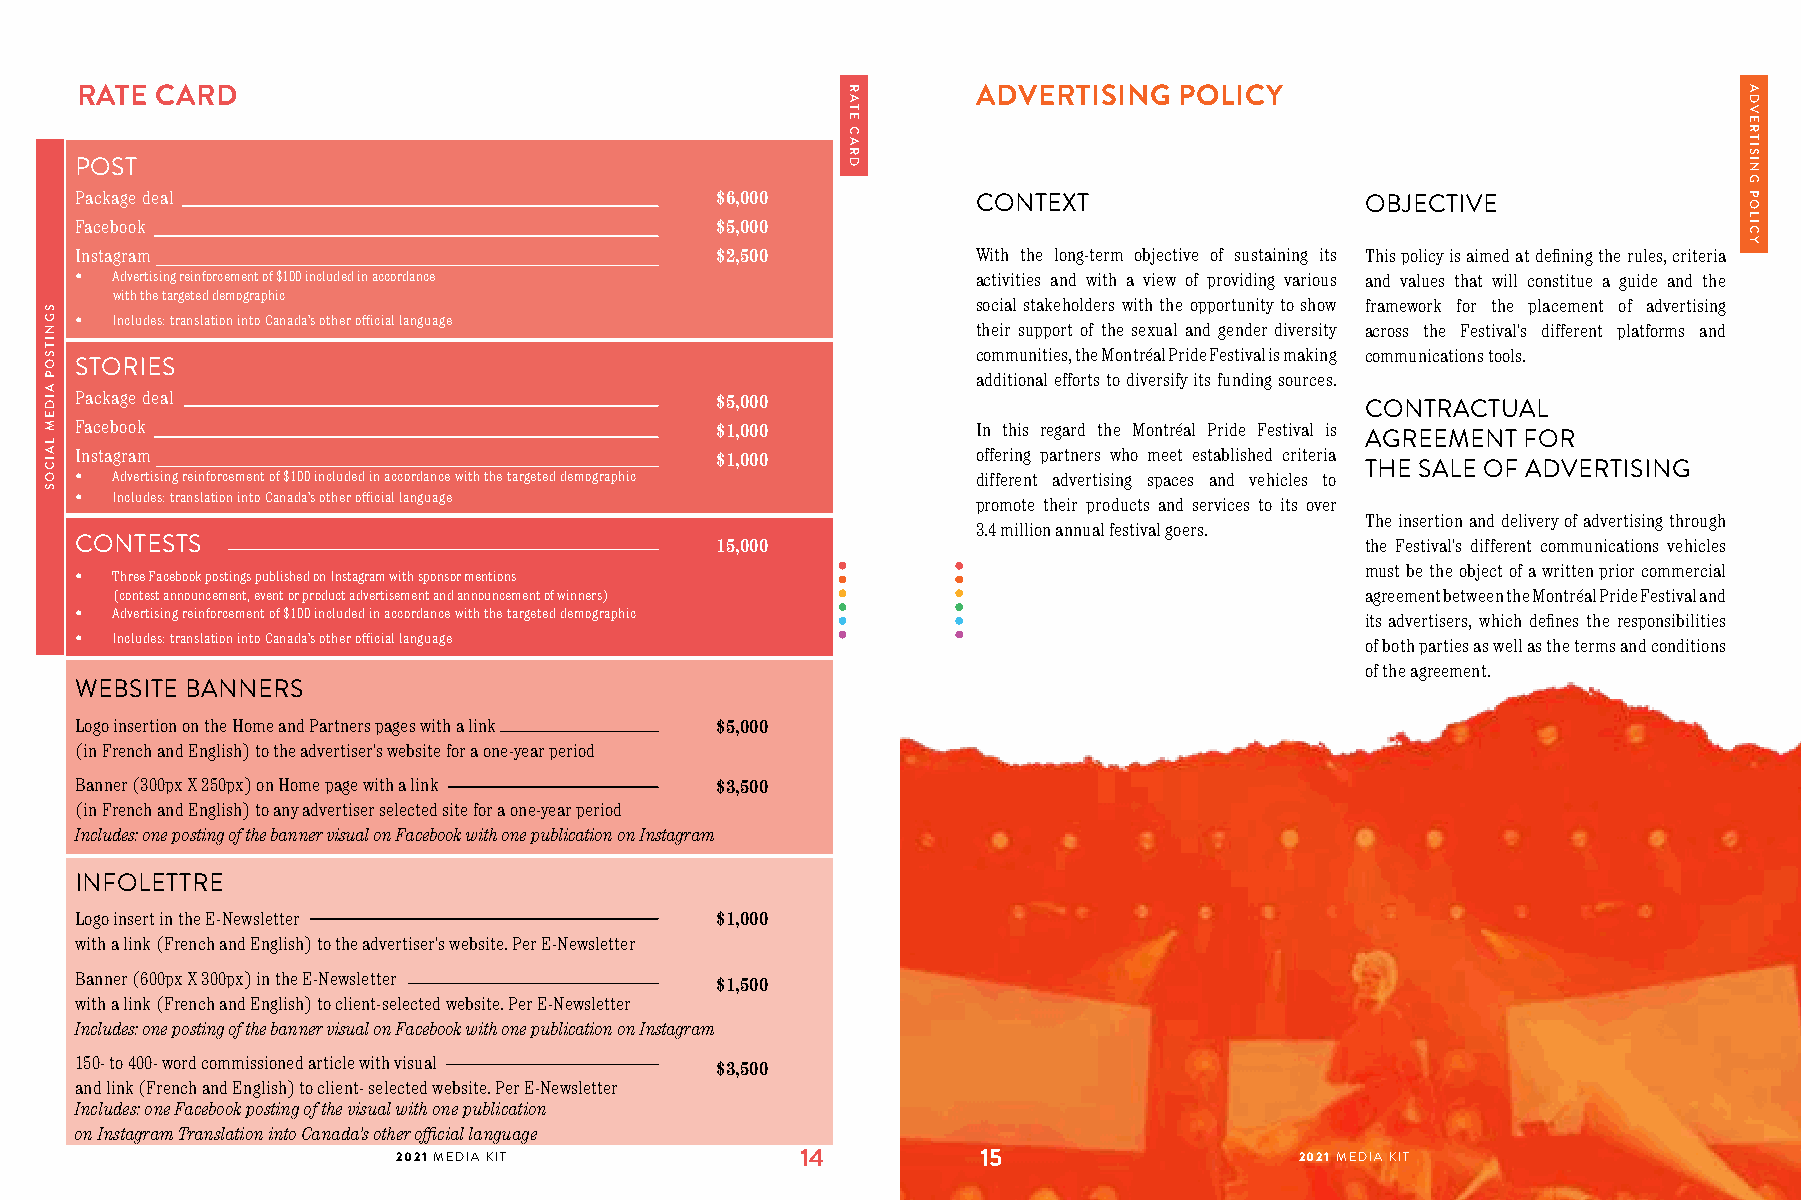
RATE CARD                                                   ADVERTISING  POLICY
 POST
 Package deal                              $6,000            CONTEXT                  OBJECTIVE
 Facebook                                  $5,000
 Instagram                                 $2,500            With the long-term objective of sustaining its This policy is aimed at defining the rules, criteria
 • Advertising reinforcement of $100 included in accordance  activities and with a view of providing various and values that will constitue a guide and the
 with the targeted demographic
 social stakeholders with the opportunity to show framework for the placement of advertising
 • Includes: translation into Canada’s other official language
 their support of the sexual and gender diversity across the Festival’s different platforms and
 communities, the Montréal Pride Festival is making communications tools.
 STORIES
 additional efforts to diversify its funding sources.
 Package deal                              $5,000
 CONTRACTUAL
 Facebook                                  $1,000            In this regard the Montréal Pride Festival is
 AGREEMENT  FOR
 Instagram                                 $1,000            offering partners who meet established criteria
 THE SALE OF ADVERTISING
 • Advertising reinforcement of $100 included in accordance with the targeted demographic different advertising spaces and vehicles to
 • Includes: translation into Canada’s other official language promote their products and services to its over
 The insertion and delivery of advertising through
 3.4 million annual festival goers.
 CONTESTS                                  15,000                                     the Festival’s different communications vehicles
 must be the object of a written prior commercial
 • Three Facebook postings published on Instagram with sponsor mentions
 (contest announcement, event or product advertisement and announcement of winners) agreement between the Montréal Pride Festival and
 • Advertising reinforcement of $100 included in accordance with the targeted demographic its advertisers, which defines the responsibilities
 • Includes: translation into Canada’s other official language                        of both parties as well as the terms and conditions
 of the agreement.
 WEBSITE BANNERS
 Logo insertion on the Home and Partners pages with a link $5,000
 (in French and English) to the advertiser’s website for a one-year period
 Banner (300px X 250px) on Home page with a link $3,500
 (in French and English) to any advertiser selected site for a one-year period
 Includes: one posting of the banner visual on Facebook with one publication on Instagram
 INFOLETTRE
 Logo insert in the E-Newsletter           $1,000
 with a link (French and English) to the advertiser’s website. Per E-Newsletter
 Banner (600px X 300px) in the E-Newsletter
 $1,500
 with a link (French and English) to client-selected website. Per E-Newsletter
 Includes: one posting of the banner visual on Facebook with one publication on Instagram
 150- to 400- word commissioned article with visual $3,500
 and link (French and English) to client- selected website. Per E-Newsletter
 Includes: one Facebook posting of the visual with one publication
 on Instagram Translation into Canada’s other official language
 2021 MEDIA KIT             14          15                 TRO2U0S2S1E M MEÉDDIAIA KSI T2020
 SGNITSOP
 AIDEM
 LAICOS
 RATE
 CARD
 ADVERTISING
 POLICY